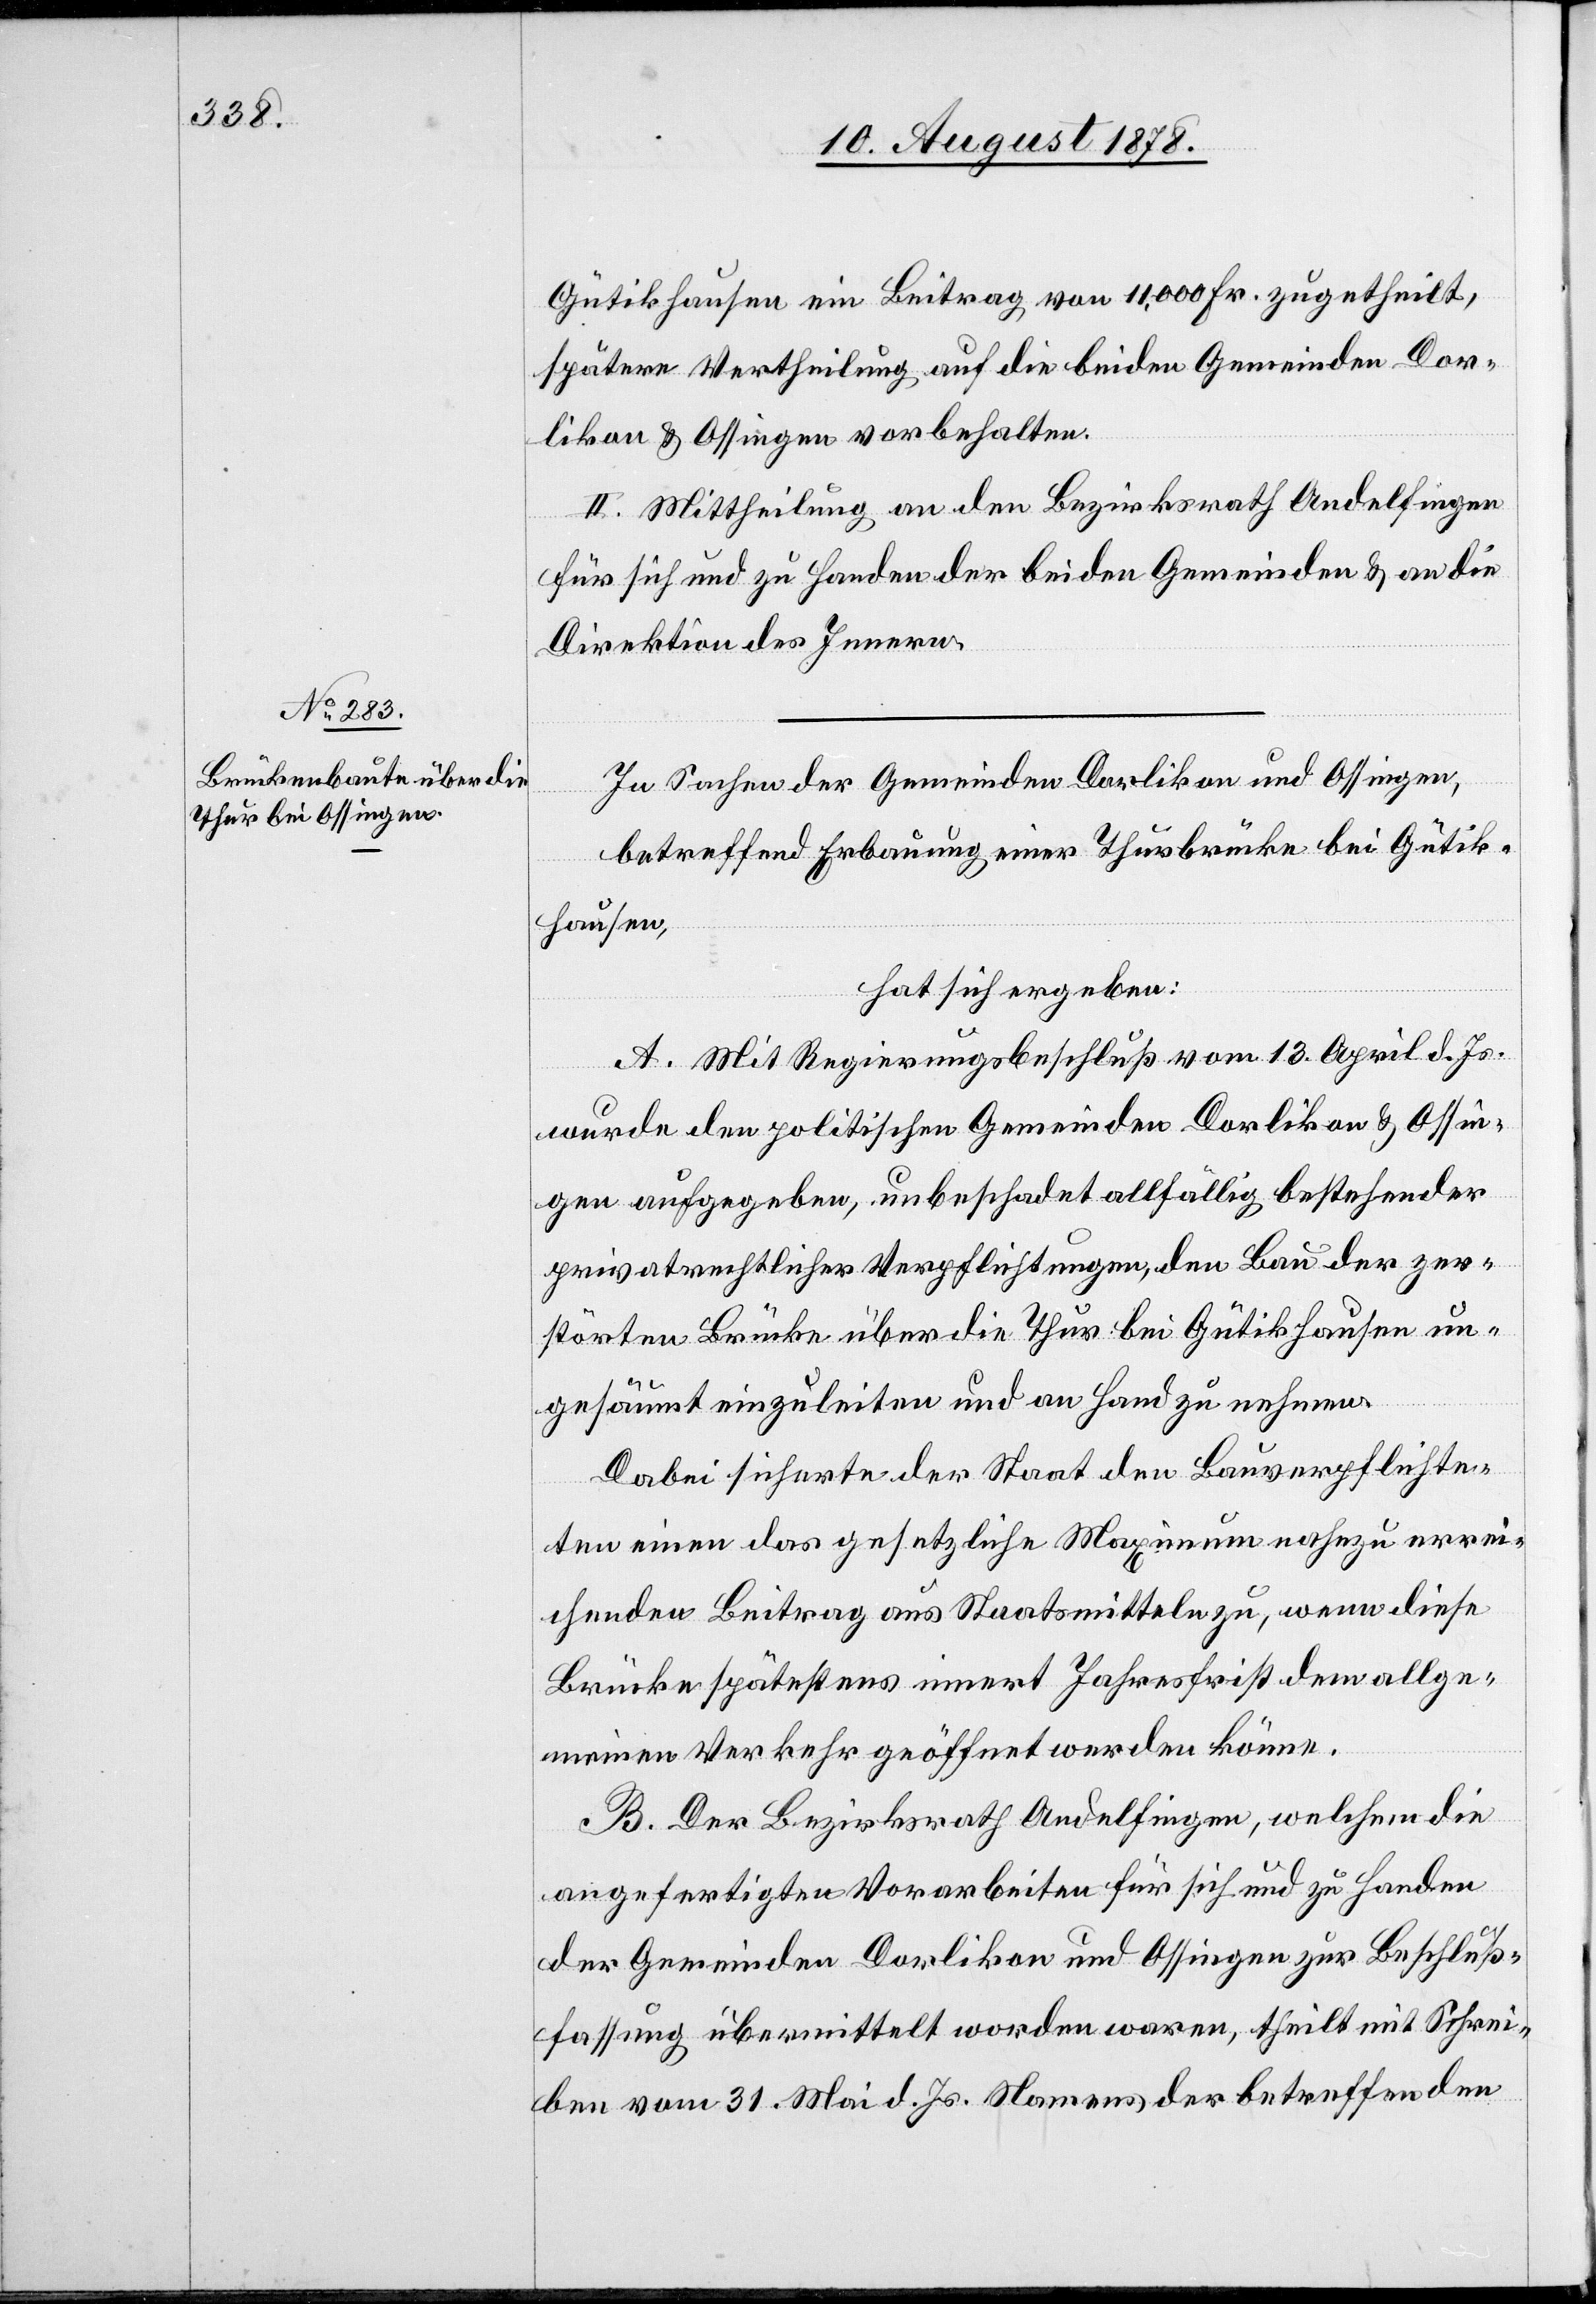
Gütikhausen ein Beitrag von 11,000 Fr. zugetheilt,
spätere Vertheilung auf die beiden Gemeinden Dor¬
likon & Ossingen vorbehalten.
II. Mittheilung an den Bezirksrath Andelfingen
für sich und zu Handen der beiden Gemeinden & an die
Direktion des Innern.
In Sachen der Gemeinden Dorlikon und Ossingen,
betreffend Erbauung einer Thurbrücke bei Gütik¬
hausen,
hat sich ergeben:
A. Mit Regierungsbeschluß vom 13. April d. Js.
wurde den politischen Gemeinden Dorlikon & Ossin¬
gen aufgegeben, unbeschadet allfällig bestehender
privatrechtlicher Verpflichtungen, den Bau der zer¬
störten Brücke über die Thur bei Gütikhausen un¬
gesäumt einzuleiten und an Hand zu nehmen.
Dabei sicherte der Staat den Bauverpflichte¬
ten einen das gesetzliche Maximum nahezu errei¬
chenden Beitrag aus Staatsmitteln zu, wenn diese
Brücke spätestens innert Jahresfrist dem allge¬
meinen Verkehr geöffnet werden könne.
B. Der Bezirksrath Andelfingen, welchem die
angefertigten Vorarbeiten für sich und zu Handen
der Gemeinden Dorlikon und Ossingen zur Beschluss¬
fassung übermittelt worden waren, theilt mit Schrei¬
ben vom 31. Mai d. Js. Namens der betreffenden